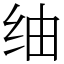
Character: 䌷